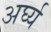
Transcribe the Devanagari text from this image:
अर्घ्य